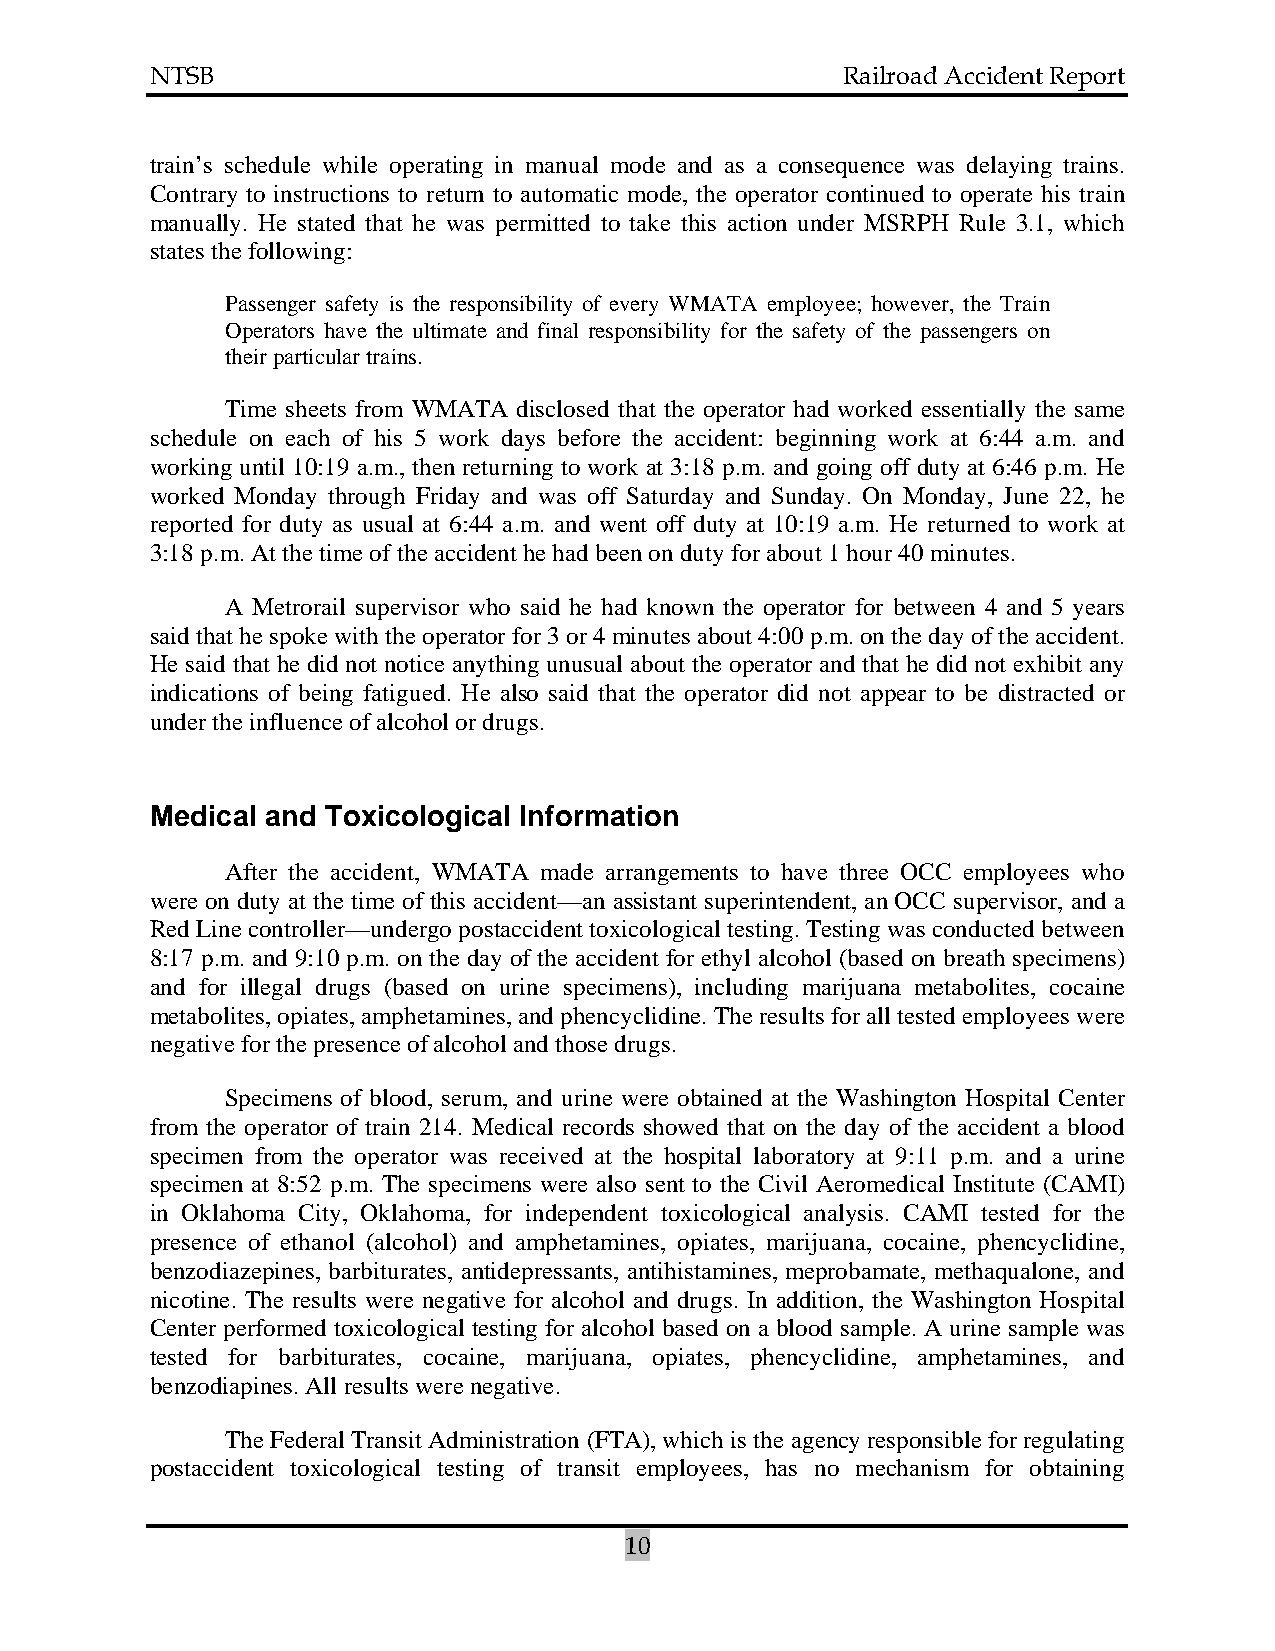
NTSB                                          Railroad Accident Report
 train’s schedule while operating in manual mode and as a consequence was delaying trains.
 Contrary to instructions to return to automatic mode, the operator continued to operate his train
 manually. He stated that he was permitted to take this action under MSRPH Rule 3.1, which
 states the following:
 Passenger safety is the responsibility of every WMATA employee; however, the Train
 Operators have the ultimate and final responsibility for the safety of the passengers on
 their particular trains.
 Time sheets from WMATA disclosed that the operator had worked essentially the same
 schedule on each of his 5 work days before the accident: beginning work at 6:44 a.m. and
 working until 10:19 a.m., then returning to work at 3:18 p.m. and going off duty at 6:46 p.m. He
 worked Monday through Friday and was off Saturday and Sunday. On Monday, June 22, he
 reported for duty as usual at 6:44 a.m. and went off duty at 10:19 a.m. He returned to work at
 3:18 p.m. At the time of the accident he had been on duty for about 1 hour 40 minutes.
 A Metrorail supervisor who said he had known the operator for between 4 and 5 years
 said that he spoke with the operator for 3 or 4 minutes about 4:00 p.m. on the day of the accident.
 He said that he did not notice anything unusual about the operator and that he did not exhibit any
 indications of being fatigued. He also said that the operator did not appear to be distracted or
 under the influence of alcohol or drugs.
 Medical and Toxicological Information
 After the accident, WMATA made arrangements to have three OCC employees who
 were on duty at the time of this accident—an assistant superintendent, an OCC supervisor, and a
 Red Line controller—undergo postaccident toxicological testing. Testing was conducted between
 8:17 p.m. and 9:10 p.m. on the day of the accident for ethyl alcohol (based on breath specimens)
 and for illegal drugs (based on urine specimens), including marijuana metabolites, cocaine
 metabolites, opiates, amphetamines, and phencyclidine. The results for all tested employees were
 negative for the presence of alcohol and those drugs.
 Specimens of blood, serum, and urine were obtained at the Washington Hospital Center
 from the operator of train 214. Medical records showed that on the day of the accident a blood
 specimen from the operator was received at the hospital laboratory at 9:11 p.m. and a urine
 specimen at 8:52 p.m. The specimens were also sent to the Civil Aeromedical Institute (CAMI)
 in Oklahoma City, Oklahoma, for independent toxicological analysis. CAMI tested for the
 presence of ethanol (alcohol) and amphetamines, opiates, marijuana, cocaine, phencyclidine,
 benzodiazepines, barbiturates, antidepressants, antihistamines, meprobamate, methaqualone, and
 nicotine. The results were negative for alcohol and drugs. In addition, the Washington Hospital
 Center performed toxicological testing for alcohol based on a blood sample. A urine sample was
 tested for barbiturates, cocaine, marijuana, opiates, phencyclidine, amphetamines, and
 benzodiapines. All results were negative.
 The Federal Transit Administration (FTA), which is the agency responsible for regulating
 postaccident toxicological testing of transit employees, has no mechanism for obtaining
 10